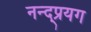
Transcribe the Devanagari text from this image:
नन्द्प्रयग